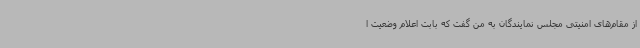
از مقام‌های امنیتی مجلس نمایندگان به من گفت که بابت اعلام وضعیت ا